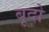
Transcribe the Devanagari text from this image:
बूदो